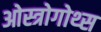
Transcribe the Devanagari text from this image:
ओस्त्रोगोथ्स